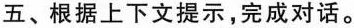
五、根据上下文提示,完成对话.。